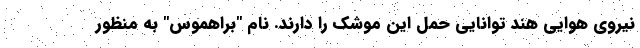
نیروی هوایی هند توانایی حمل این موشک را دارند. نام "براهموس" به منظور